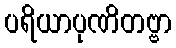
ပရိယာပုဏိတဗ္ဗာ